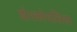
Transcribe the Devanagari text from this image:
डोरकोपसिस